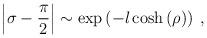
LaTeX: \begin{align*}\left| \sigma -\displaystyle\frac{\pi }{2}\right| \sim \exp \left( -l\cosh \left( \rho \right) \right) \: ,\end{align*}